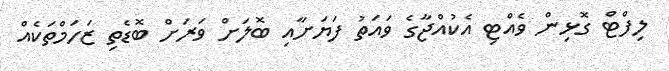
ލިފްޓް ގޮޅިން ވެއްޓި އެކުއްޖާގެ ވައަތު ފަޔަށާއި ބޮލަށް ވަރަށް ބޮޑެތި ޒަހަމްތަކެއް